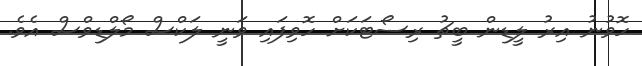
ހޮވުނު އިރު ލީޑިން ބީޗު ރިސޯޓަކަށް ހޮވިފައި ވަނީ ލަކްސް މޯލްޑިވްސް އެވެ.